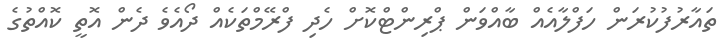
ތައާރުފުކުރަން ހަފްލާއެއް ބާއްވަން ޕްރިންޓްކޮށް ހެދި ފްރޭމްތަކެއް ދޯއެވެ ދެން އޮތީ ކޮއްތުގެ